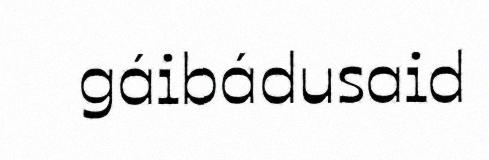
gáibádusaid